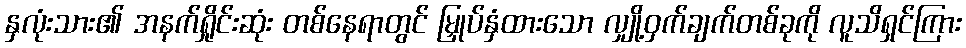
နှလုံးသား၏ အနက်ရှိုင်းဆုံး တစ်နေရာတွင် မြှုပ်နှံထားသော လျှို့ဝှက်ချက်တစ်ခုကို လူသိရှင်ကြား